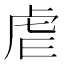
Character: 虐